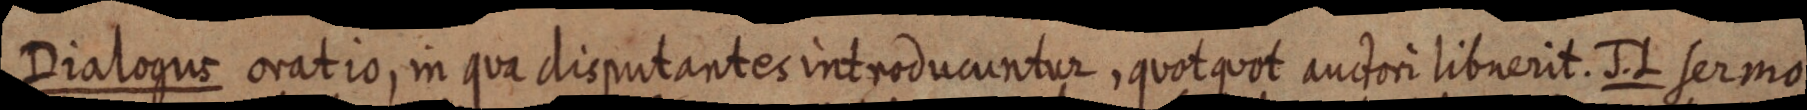
Dialogus oratio, in qua disputantes introducuntur, quotquot auctori libnerit. J. L sermo